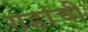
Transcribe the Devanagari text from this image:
गडांची